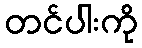
တင်ပါးကို